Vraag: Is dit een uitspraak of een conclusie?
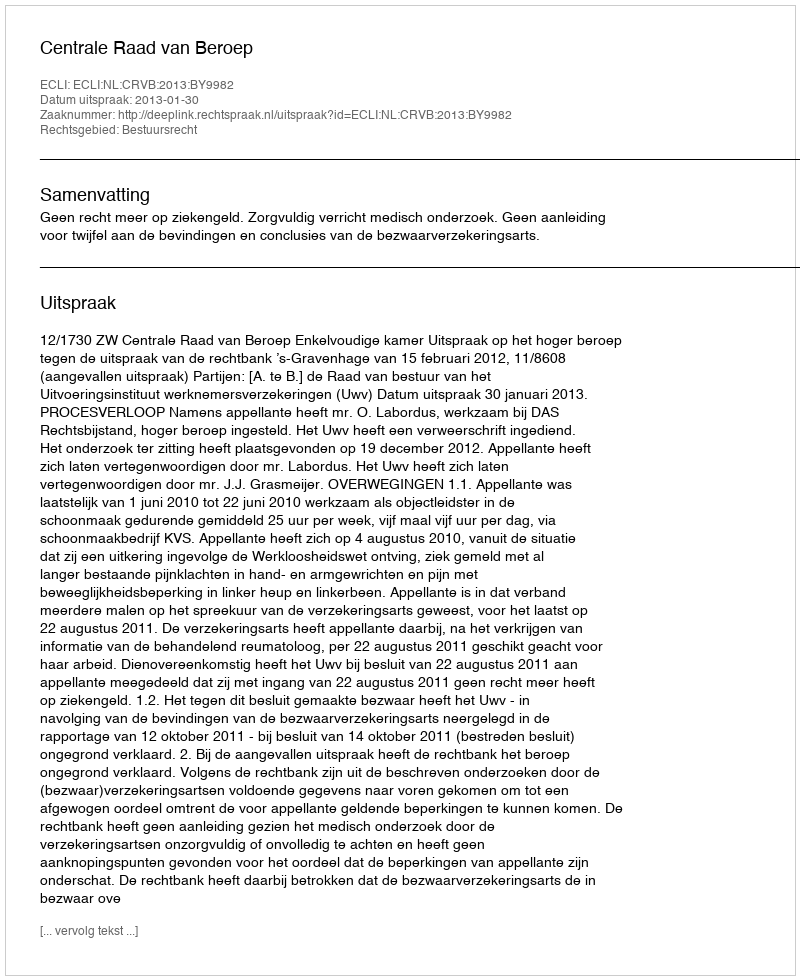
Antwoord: Uitspraak